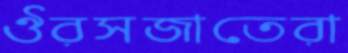
ঔরসজাতেরা